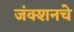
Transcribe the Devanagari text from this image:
जंक्शनचे